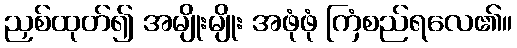
ညှစ်ထုတ်၍ အမျိုးမျိုး အဖုံဖုံ ကြံစည်ရလေ၏။